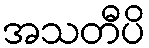
အသတီပိ